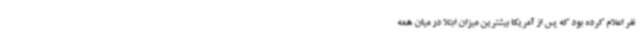
نفر اعلام کرده بود که پس از آمریکا بیشترین میزان ابتلا در میان همه